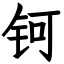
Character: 钶